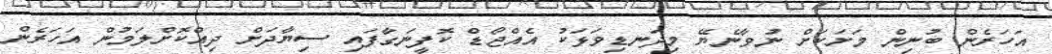
އަހަރެން ބުނިން މަށަކަށް ނުވާނެޔޭ މިދަނޑިވަޅަކު އެއްޖޯޑް ކޮފީނަގާފައި ސިޔާދަށް ދިއްކޮށްލަމުން އަހަރެން